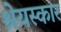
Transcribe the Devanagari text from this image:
श्रेयस्कार